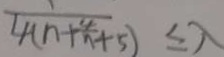
\frac { 1 } { 4 ( n + \frac { 4 } { n } + 5 ) } \leq \lambda